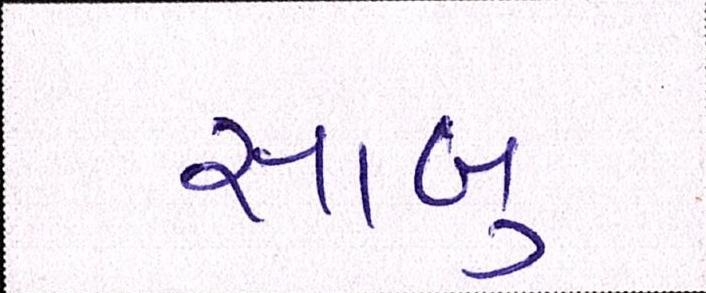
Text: સાબુ